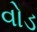
વોડ